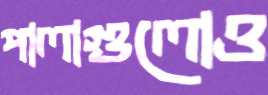
পালাগুলোও